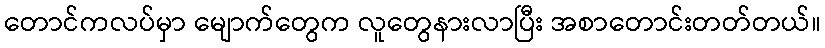
တောင်ကလပ်မှာ မျောက်တွေက လူတွေနားလာပြီး အစာတောင်းတတ်တယ်။